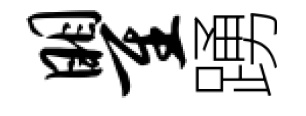
瞿踴